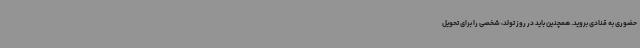
حضوری به قنادی بروید. همچنین باید در روز تولد، شخصی را برای تحویل